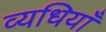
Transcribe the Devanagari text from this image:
व्यधियाँ